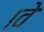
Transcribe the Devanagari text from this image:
।वे